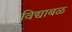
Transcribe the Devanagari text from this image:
विद्याबळ